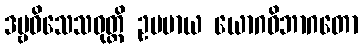
ဒဗ္ဗဝိသေသဝုတ္တိ ဥပမာယ ယောဂဝိဘာဂတော